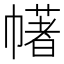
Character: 𢅔